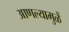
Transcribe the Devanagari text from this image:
आणल्यामुळें